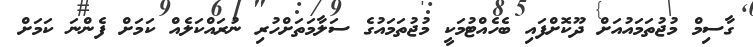
ގާސިމް މުޖުތަމައުއަށް ދޫކޮށްފައި ބެހެއްޓުމަކީ މުޖުތަމައުގެ ސަލާމަތަށްހުރި ނުރައްކަލެއް ކަމަށް ފެންނަ ކަމަށް